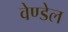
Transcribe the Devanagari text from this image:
वेण्डेल